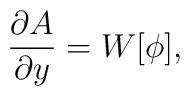
\frac{\partial A}{\partial y} = W[\phi] ,